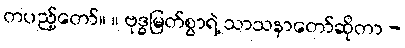
တပည့်တော်။ ။ ဗုဒ္ဓမြတ်စွာရဲ့ သာသနာတော်ဆိုတာ -